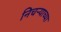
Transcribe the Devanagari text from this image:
निचर्‍याच्या